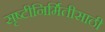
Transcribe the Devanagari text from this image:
सृष्टीनिर्मितीसाठी